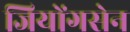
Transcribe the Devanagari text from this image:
जियोंगसेन